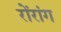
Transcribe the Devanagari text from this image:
रोंरांग